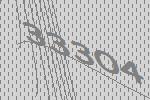
33304